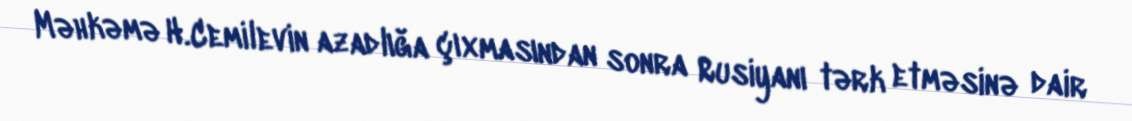
Məhkəmə H.Cemilevin azadlığa çıxmasından sonra Rusiyanı tərk etməsinə dair